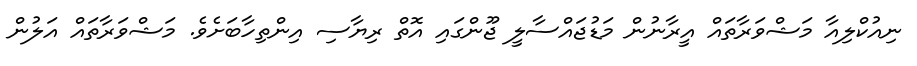
ނިއުކްލިއާ މަޝްވަރާތައް އީރާނުން މަޑުޖައްސާލީ ޖޫންގައި އޮތް ރިޔާސި އިންތިހާބަށެވެ. މަޝްވަރާތައް އަލުން